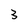
Character: 3